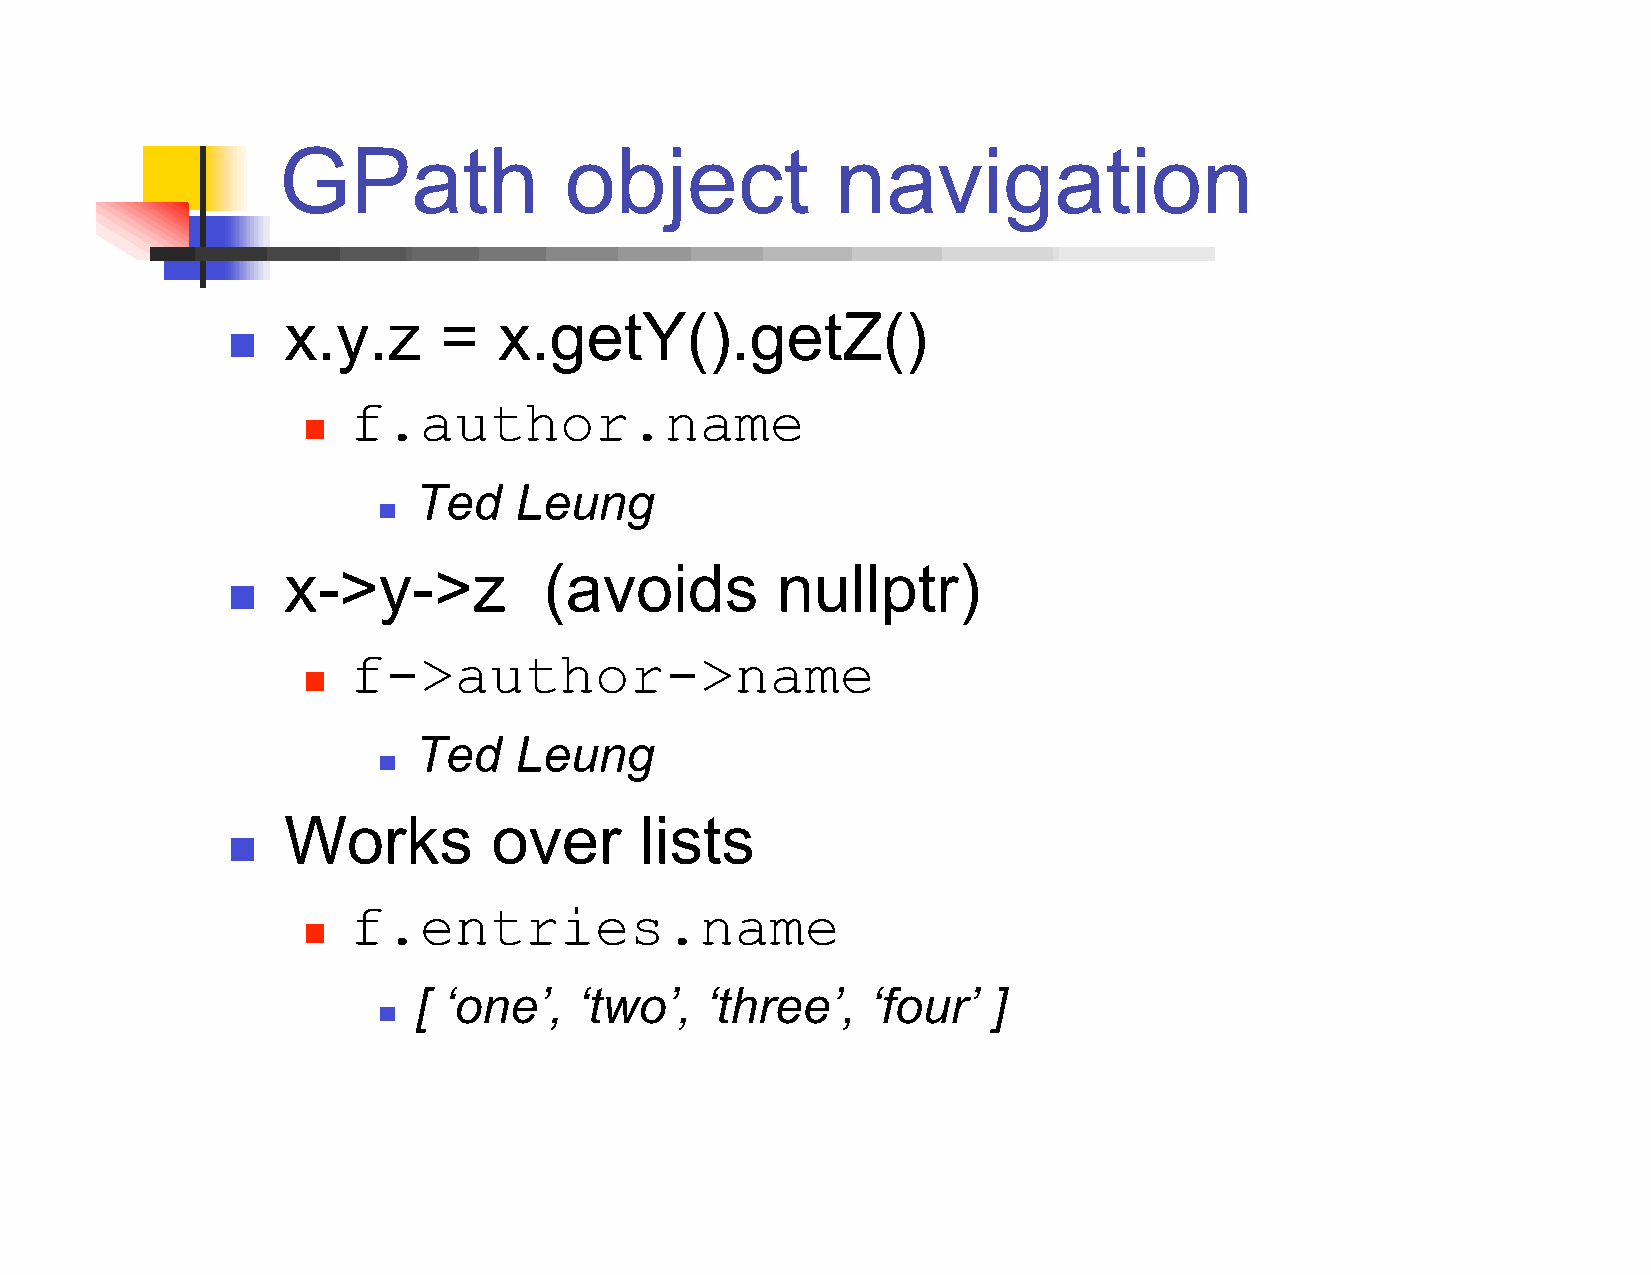
GPath              object            navigation
 x.y.z     =   x.getY().getZ()
 
 f.author.name
 
 Ted    Leung
 
 x->y->z          (avoids        nullptr)
 
 f->author->name
 
 Ted    Leung
 
 Works         over     lists
 
 f.entries.name
 
 [ ‘one’,   ‘two’,   ‘three’,   ‘four’  ]
 